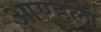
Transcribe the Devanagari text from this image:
आण्हला